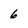
Character: 6